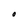
Character: O